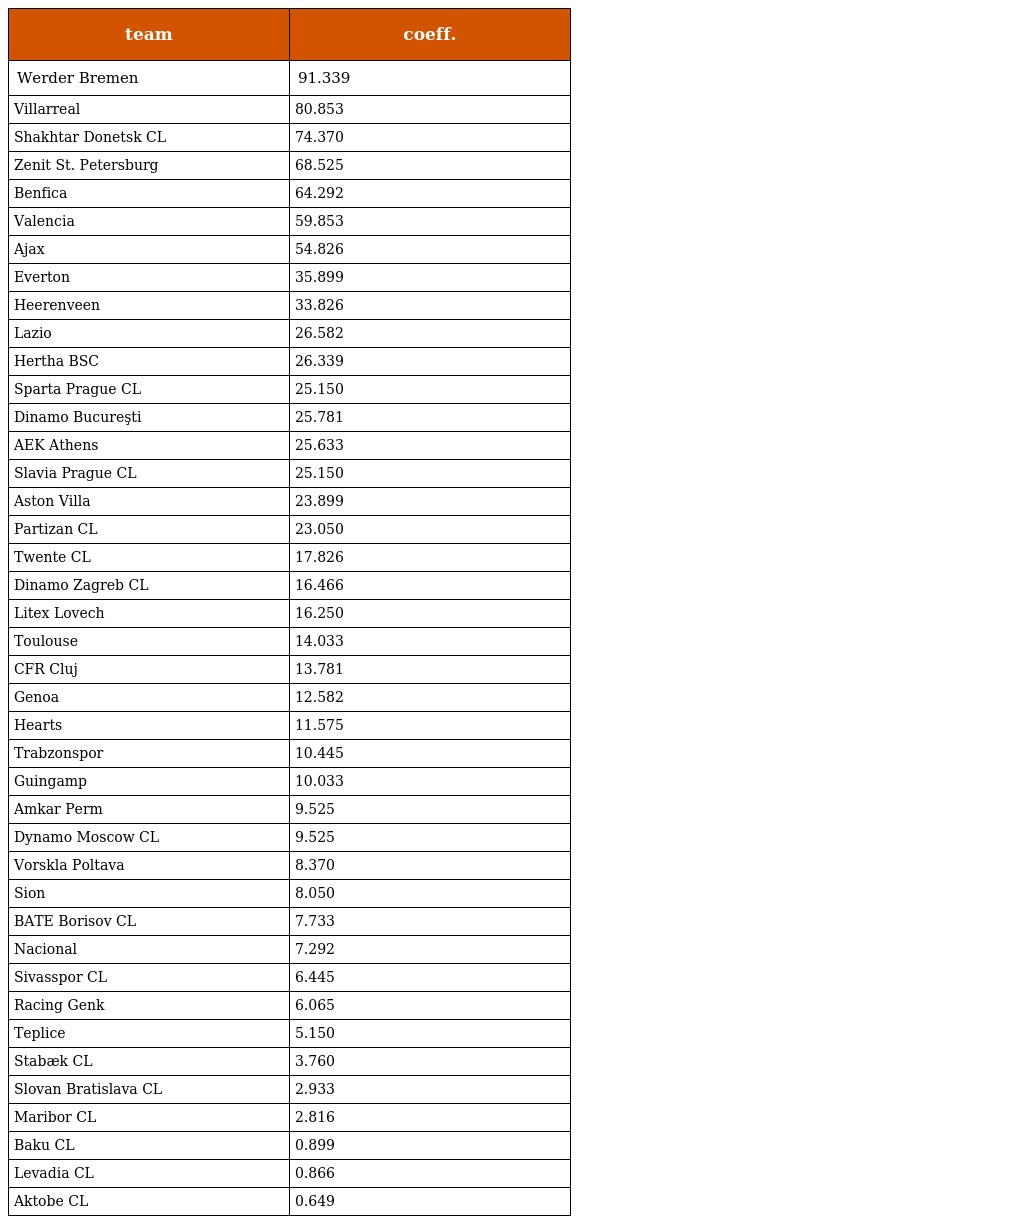
| team | coeff. |
 | --- | --- |
 | Werder Bremen | 91.339 |
 | Villarreal | 80.853 |
 | Shakhtar Donetsk CL | 74.370 |
 | Zenit St. Petersburg | 68.525 |
 | Benfica | 64.292 |
 | Valencia | 59.853 |
 | Ajax | 54.826 |
 | Everton | 35.899 |
 | Heerenveen | 33.826 |
 | Lazio | 26.582 |
 | Hertha BSC | 26.339 |
 | Sparta Prague CL | 25.150 |
 | Dinamo Bucureşti | 25.781 |
 | AEK Athens | 25.633 |
 | Slavia Prague CL | 25.150 |
 | Aston Villa | 23.899 |
 | Partizan CL | 23.050 |
 | Twente CL | 17.826 |
 | Dinamo Zagreb CL | 16.466 |
 | Litex Lovech | 16.250 |
 | Toulouse | 14.033 |
 | CFR Cluj | 13.781 |
 | Genoa | 12.582 |
 | Hearts | 11.575 |
 | Trabzonspor | 10.445 |
 | Guingamp | 10.033 |
 | Amkar Perm | 9.525 |
 | Dynamo Moscow CL | 9.525 |
 | Vorskla Poltava | 8.370 |
 | Sion | 8.050 |
 | BATE Borisov CL | 7.733 |
 | Nacional | 7.292 |
 | Sivasspor CL | 6.445 |
 | Racing Genk | 6.065 |
 | Teplice | 5.150 |
 | Stabæk CL | 3.760 |
 | Slovan Bratislava CL | 2.933 |
 | Maribor CL | 2.816 |
 | Baku CL | 0.899 |
 | Levadia CL | 0.866 |
 | Aktobe CL | 0.649 |